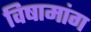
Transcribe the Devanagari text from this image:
विषामांग